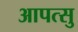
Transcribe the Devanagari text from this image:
आपत्सु